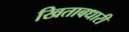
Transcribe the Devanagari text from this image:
खिताबधारी